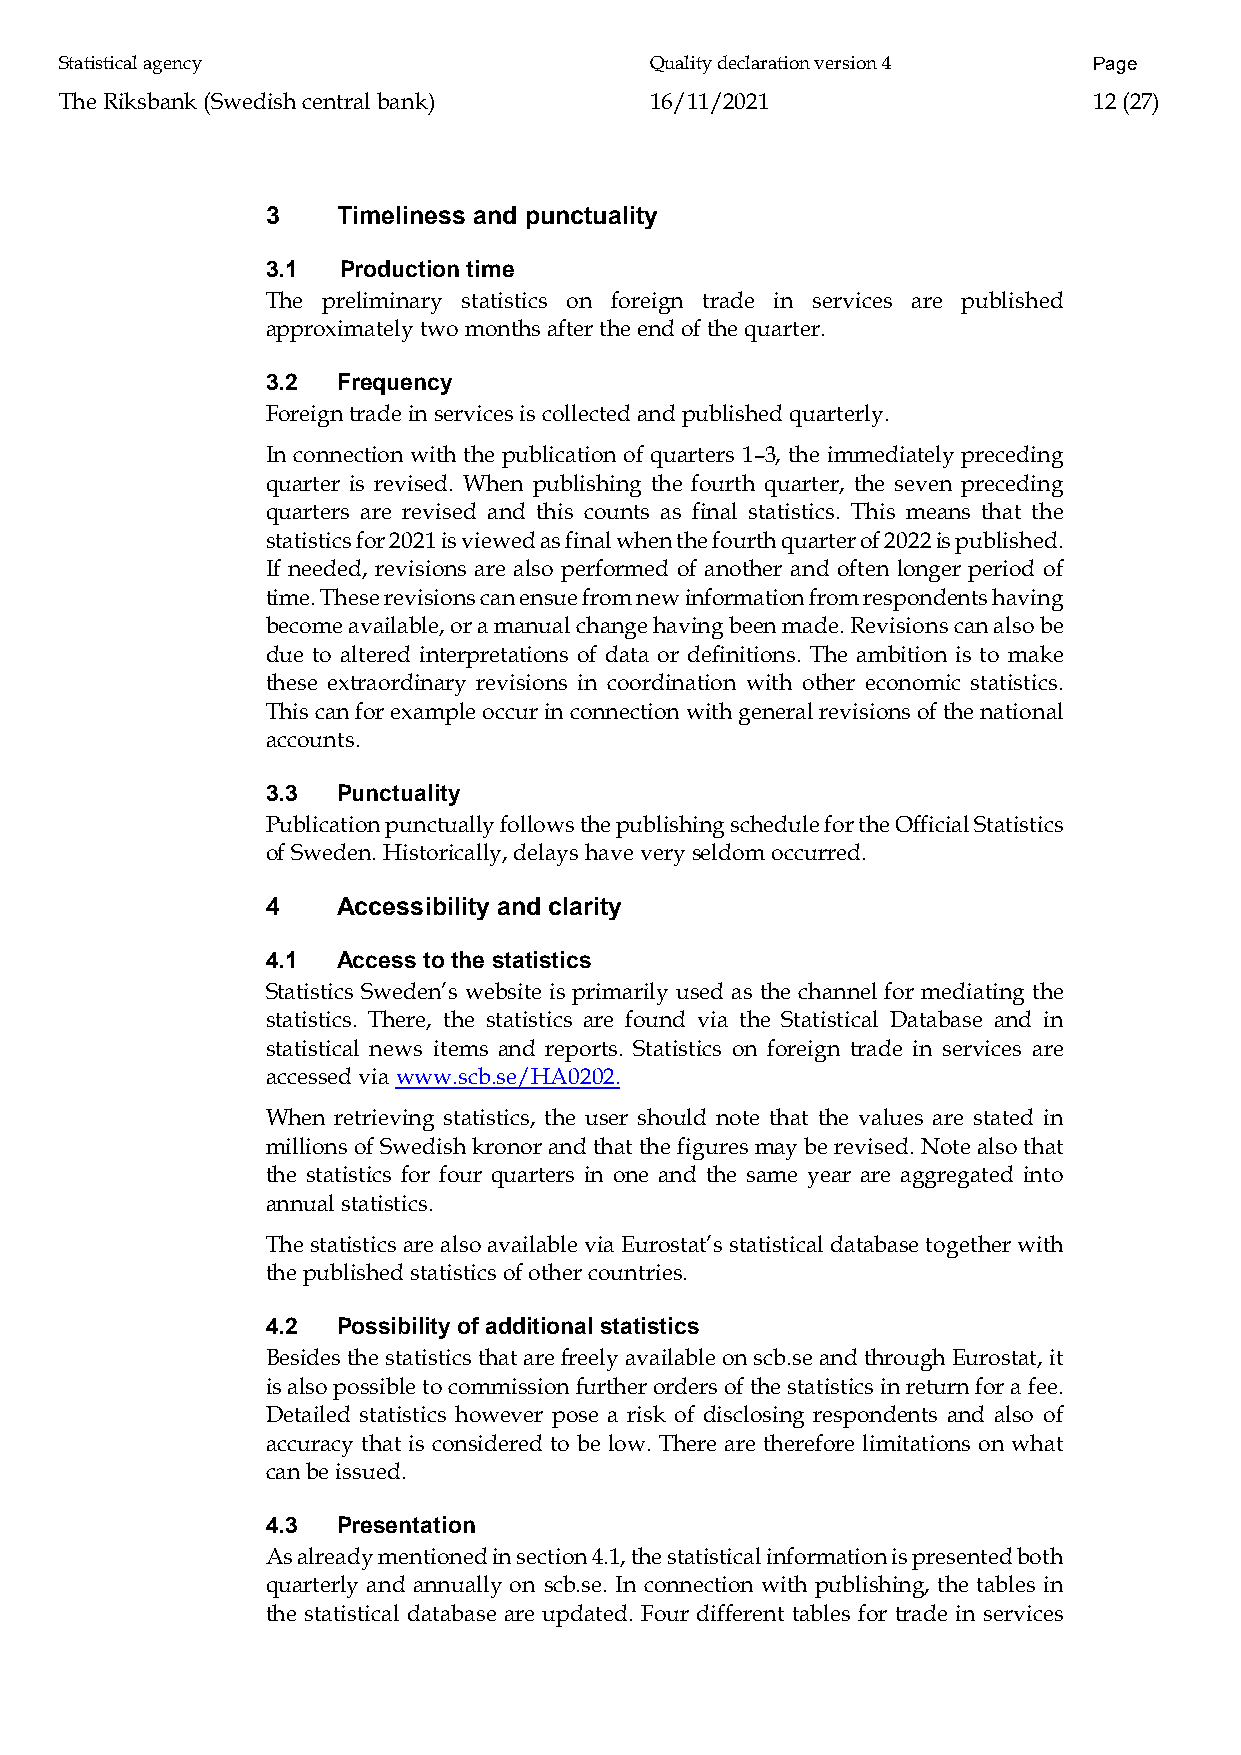
Statistical agency                     Quality declaration version 4 Page
 The Riksbank (Swedish central bank)    16/11/2021                   12 (27)
 3   Timeliness and punctuality
 3.1 Production time
 The preliminary statistics on foreign trade in services are published
 approximately two months after the end of the quarter.
 3.2 Frequency
 Foreign trade in services is collected and published quarterly.
 In connection with the publication of quarters 1–3, the immediately preceding
 quarter is revised. When publishing the fourth quarter, the seven preceding
 quarters are revised and this counts as final statistics. This means that the
 statistics for 2021 is viewed as final when the fourth quarter of 2022 is published.
 If needed, revisions are also performed of another and often longer period of
 time. These revisions can ensue from new information from respondents having
 become available, or a manual change having been made. Revisions can also be
 due to altered interpretations of data or definitions. The ambition is to make
 these extraordinary revisions in coordination with other economic statistics.
 This can for example occur in connection with general revisions of the national
 accounts.
 3.3 Punctuality
 Publication punctually follows the publishing schedule for the Official Statistics
 of Sweden. Historically, delays have very seldom occurred.
 4   Accessibility and clarity
 4.1 Access to the statistics
 Statistics Sweden’s website is primarily used as the channel for mediating the
 statistics. There, the statistics are found via the Statistical Database and in
 statistical news items and reports. Statistics on foreign trade in services are
 accessed via www.scb.se/HA0202.
 When retrieving statistics, the user should note that the values are stated in
 millions of Swedish kronor and that the figures may be revised. Note also that
 the statistics for four quarters in one and the same year are aggregated into
 annual statistics.
 The statistics are also available via Eurostat’s statistical database together with
 the published statistics of other countries.
 4.2 Possibility of additional statistics
 Besides the statistics that are freely available on scb.se and through Eurostat, it
 is also possible to commission further orders of the statistics in return for a fee.
 Detailed statistics however pose a risk of disclosing respondents and also of
 accuracy that is considered to be low. There are therefore limitations on what
 can be issued.
 4.3 Presentation
 As already mentioned in section 4.1, the statistical information is presented both
 quarterly and annually on scb.se. In connection with publishing, the tables in
 the statistical database are updated. Four different tables for trade in services